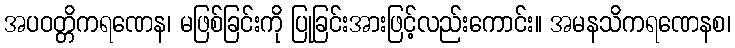
အပဝတ္တိကရဏေန၊ မဖြစ်ခြင်းကို ပြုခြင်းအားဖြင့်လည်းကောင်း။ အမနသိကရဏေနစ၊